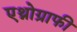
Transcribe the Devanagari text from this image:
एथ्नोग्राफी